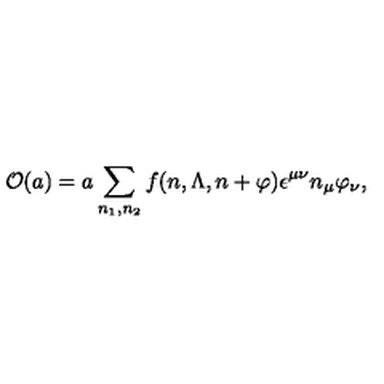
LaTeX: { \cal O } ( a ) = a \sum _ { n _ { 1 } , n _ { 2 } } f ( n , \Lambda , n + \varphi ) \epsilon ^ { \mu \nu } n _ { \mu } \varphi _ { \nu } ,